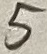
Text: 5